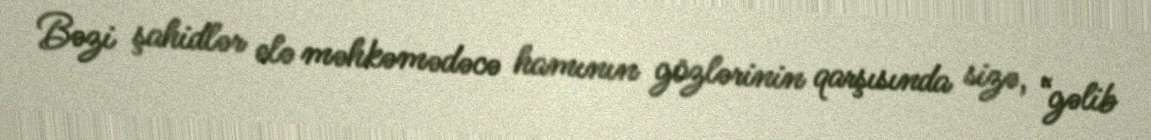
Bəzi şahidlər elə məhkəmədəcə hamının gözlərinin qarşısında sizə, “gəlib